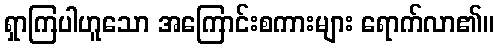
ရှာကြပါဟူသော အကြောင်းစကားများ ရောက်လာ၏။